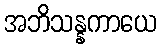
အဘိသန္နကာယေ